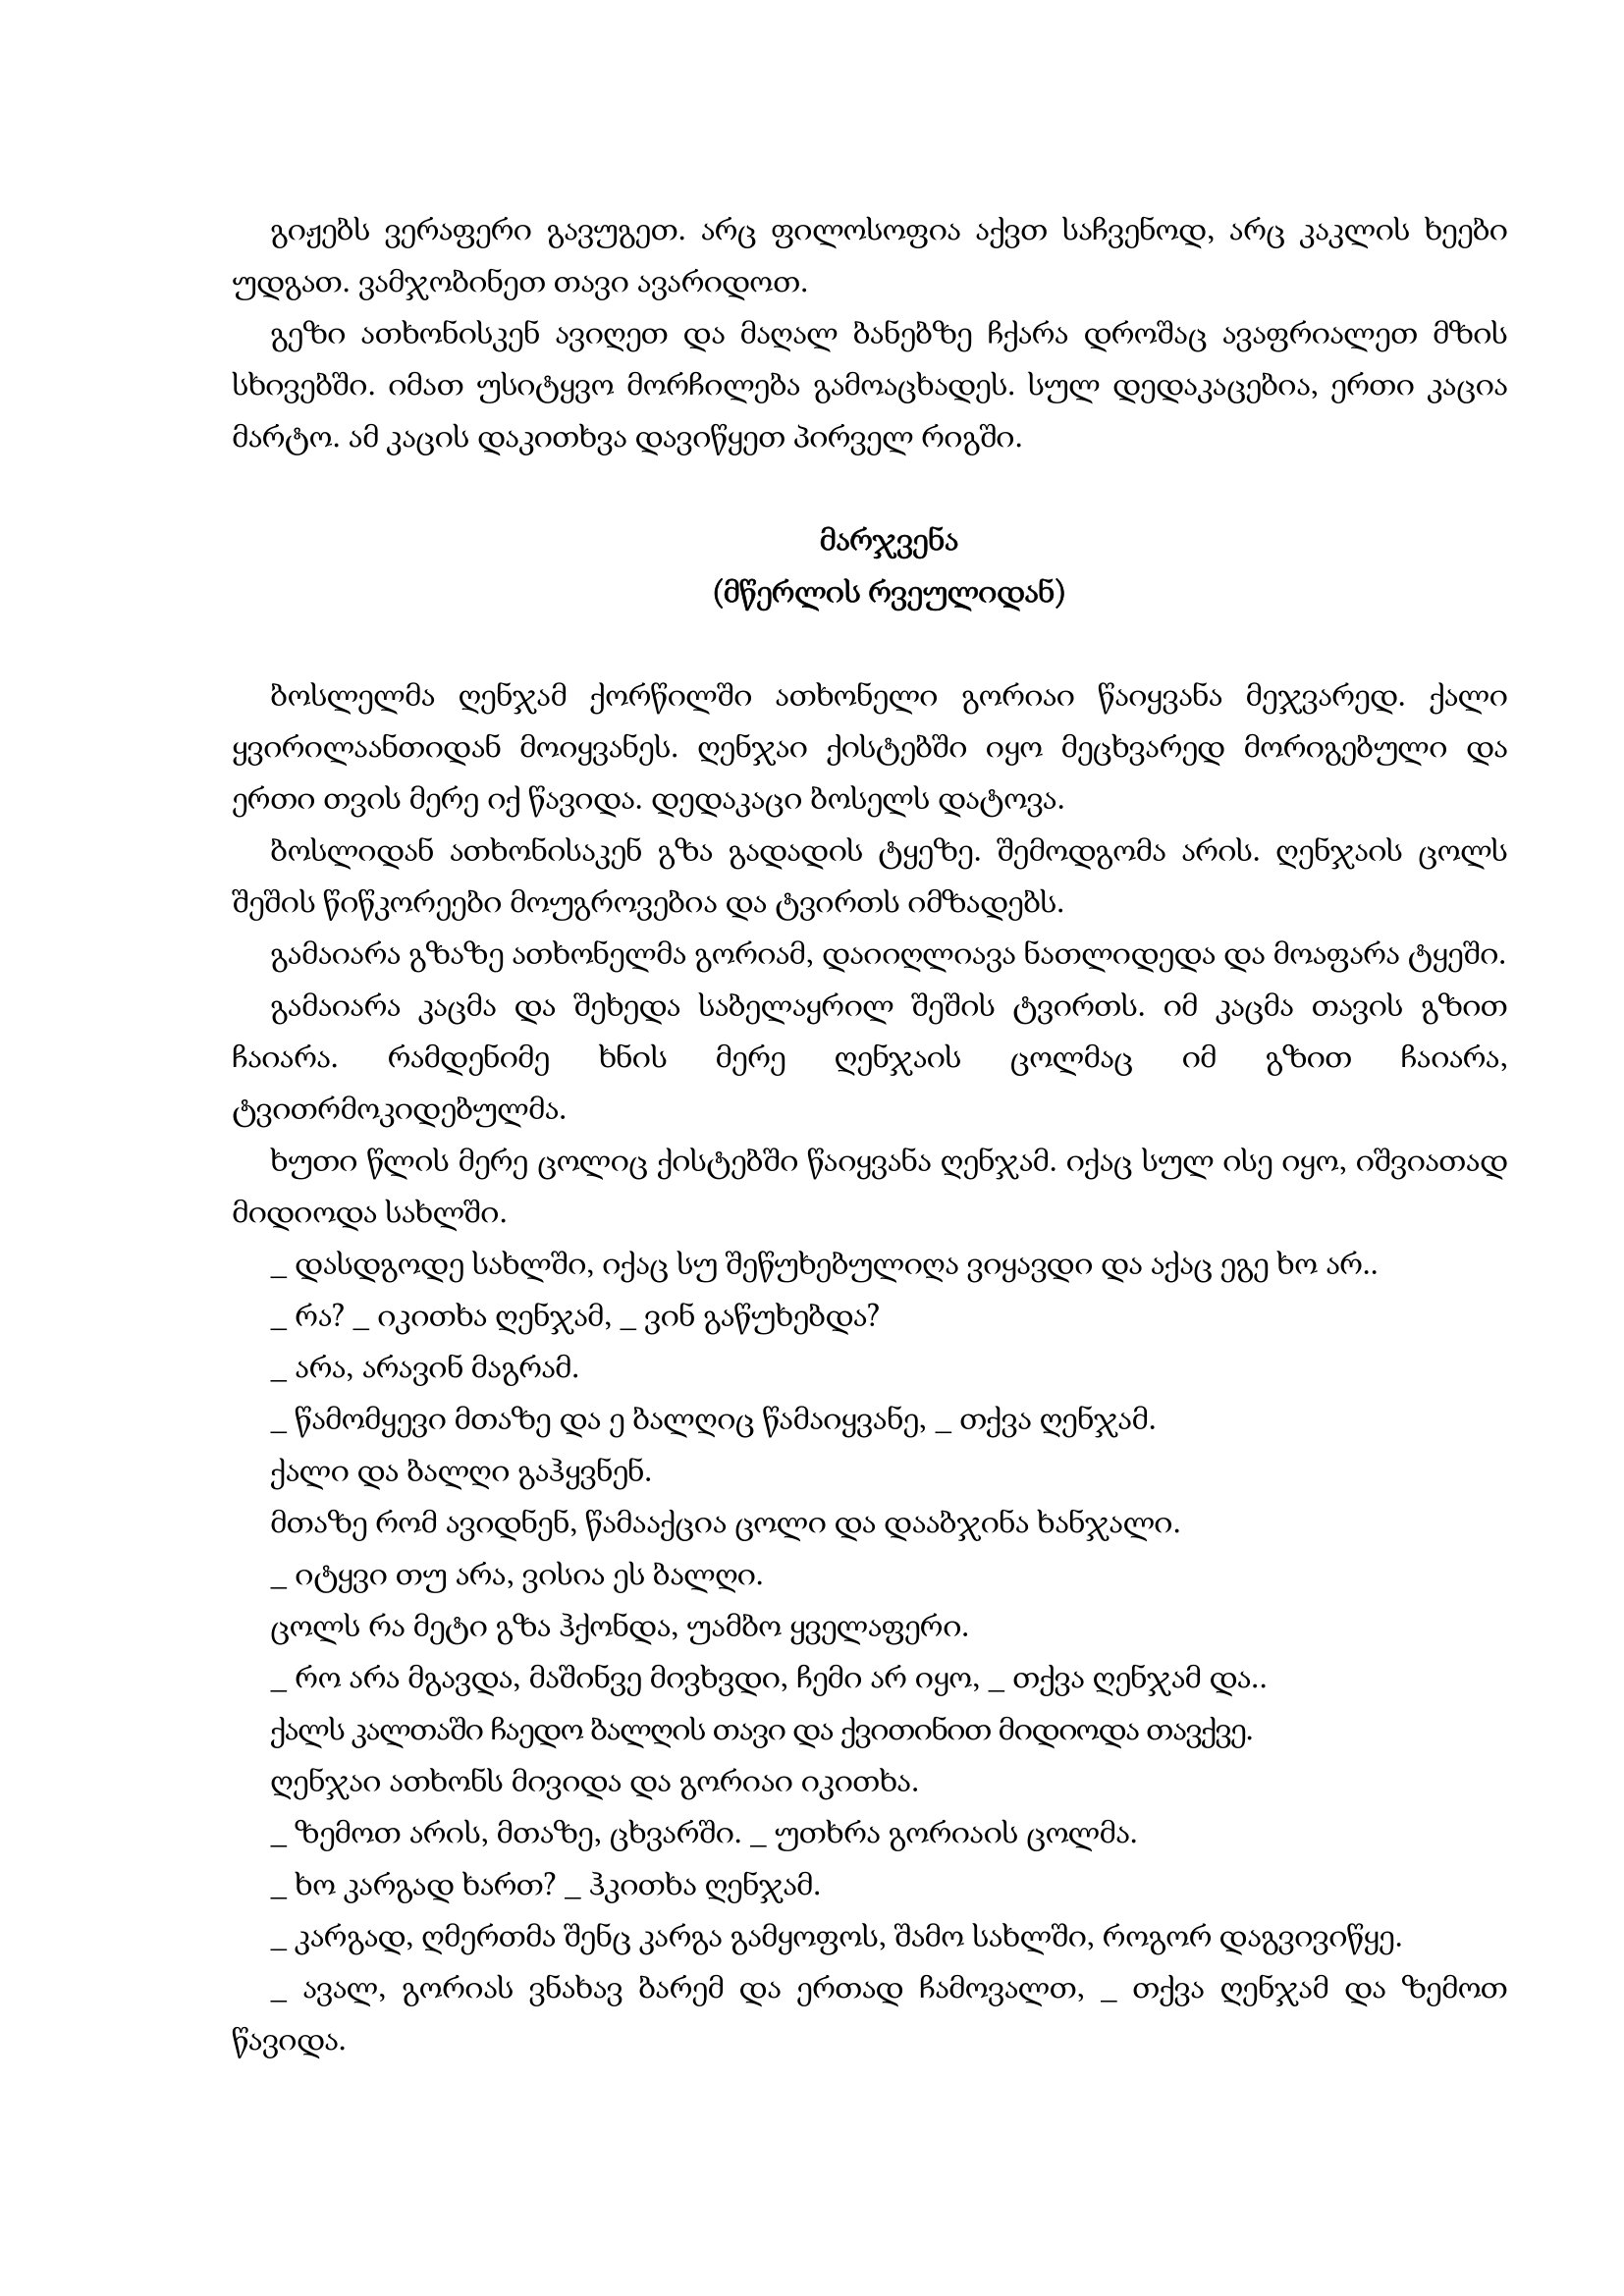
Language: gr